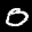
Label: 0